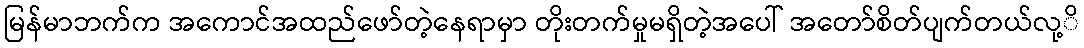
မြန်မာဘက်က အကောင်အထည်ဖော်တဲ့နေရာမှာ တိုးတက်မှုမရှိတဲ့အပေါ် အတော်စိတ်ပျက်တယ်လု့ိ